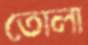
তোলা